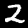
Digit: 2